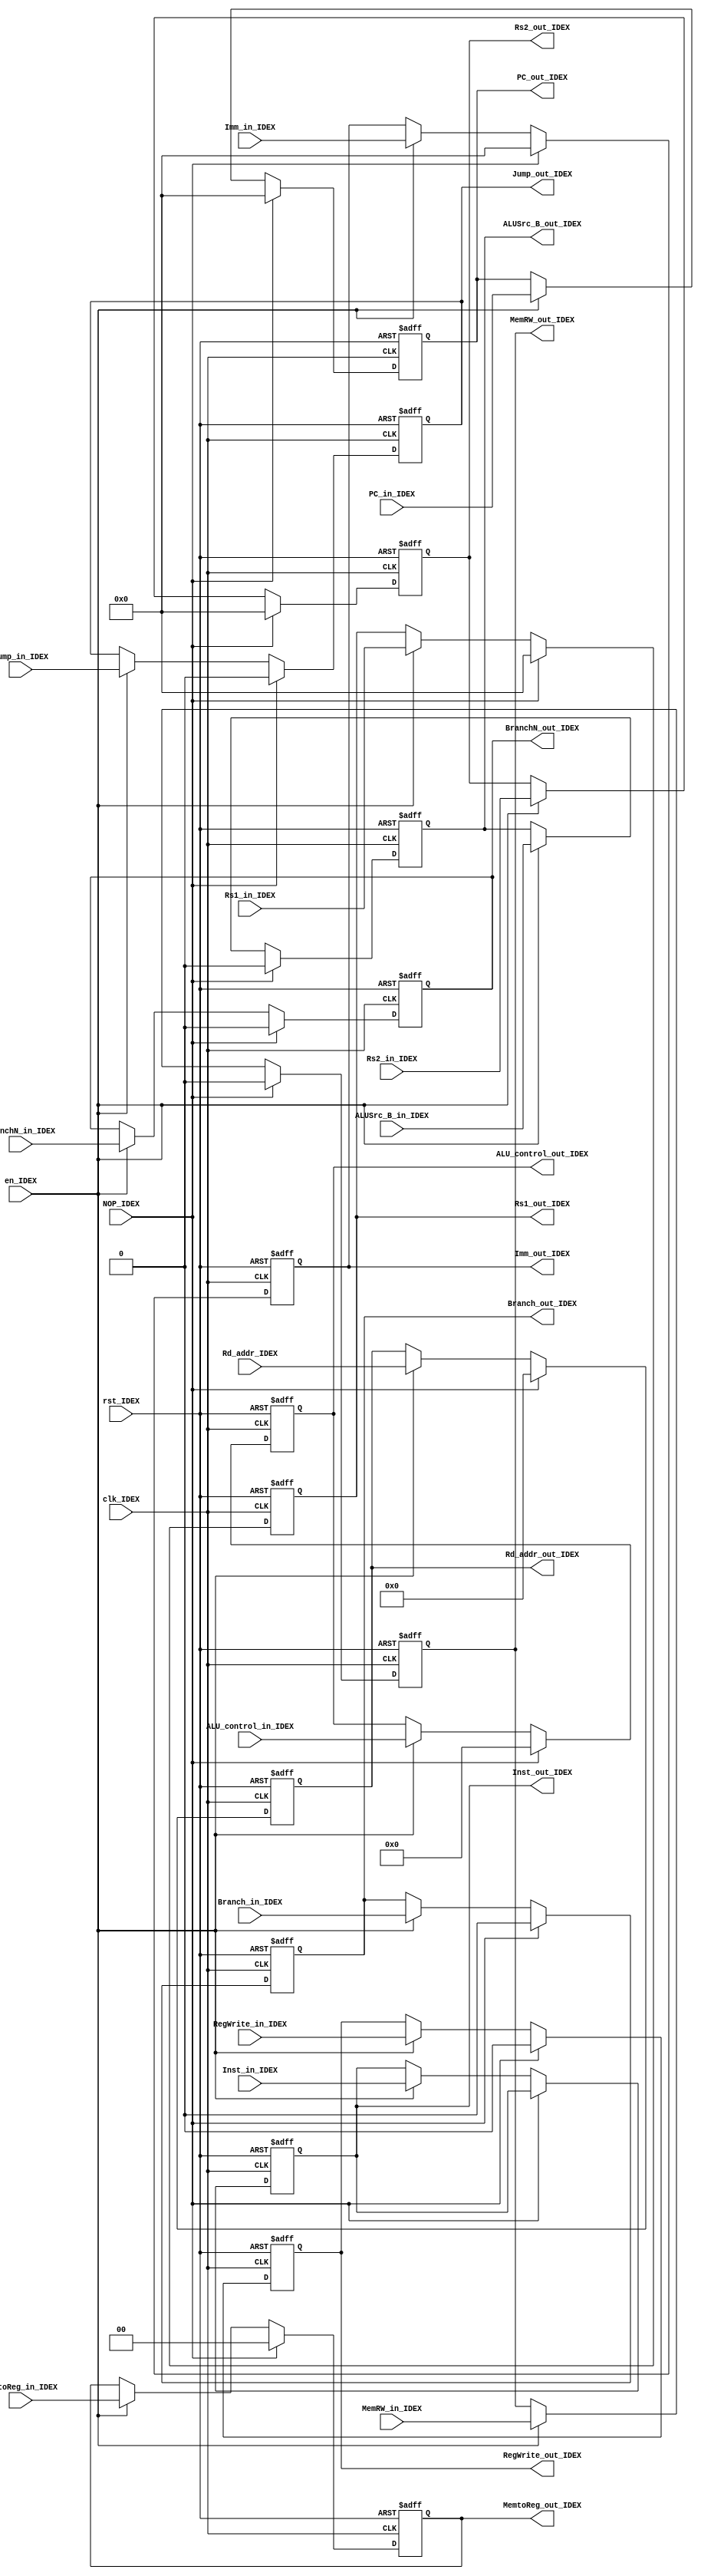
`timescale 1ns / 1ps
//////////////////////////////////////////////////////////////////////////////////
// Company: 
// Engineer: 
// 
// Design Name: 
// Module Name: my_ID_reg_Ex
// Project Name: 
// Target Devices: 
// Tool Versions: 
// Description: 
// 
// Dependencies: 
// 
// Revision:
// Revision 0.01 - File Created
// Additional Comments:
// 
//////////////////////////////////////////////////////////////////////////////////


module my_ID_reg_Ex(
input clk_IDEX, //
input rst_IDEX, //
input en_IDEX, //
input[31:0] PC_in_IDEX, //PC
input[4:0] Rd_addr_IDEX, //
input[31:0] Rs1_in_IDEX,//1
input[31:0] Rs2_in_IDEX,//2
input[31:0] Imm_in_IDEX , //
input ALUSrc_B_in_IDEX , //ALU B
input[3:0] ALU_control_in_IDEX, //ALU
input Branch_in_IDEX, //Beq
input BranchN_in_IDEX, //Bne
input MemRW_in_IDEX, //
input Jump_in_IDEX, //Jal
input[1:0] MemtoReg_in_IDEX, //
input RegWrite_in_IDEX, //
input NOP_IDEX,
output reg[31:0] PC_out_IDEX,//PC
output reg[4:0] Rd_addr_out_IDEX, //
output reg[31:0] Rs1_out_IDEX,//1
output reg[31:0] Rs2_out_IDEX, //2
output reg[31:0] Imm_out_IDEX , //
output reg ALUSrc_B_out_IDEX , //ALU B
output reg[3:0] ALU_control_out_IDEX, //ALU
output reg Branch_out_IDEX, //Beq
output reg BranchN_out_IDEX, //Bne
output reg MemRW_out_IDEX, //
output reg Jump_out_IDEX, //Jal
output reg [1:0] MemtoReg_out_IDEX, //
output reg RegWrite_out_IDEX ,//
input [31:0]Inst_in_IDEX,
output reg [31:0]Inst_out_IDEX
);

always @(negedge clk_IDEX or posedge rst_IDEX)
if (rst_IDEX == 1)begin
    PC_out_IDEX = 0;//PC
    Rd_addr_out_IDEX = 0; //
    Rs1_out_IDEX= 0;//1
    Rs2_out_IDEX= 0; //2
    Imm_out_IDEX= 0 ; //
      ALUSrc_B_out_IDEX= 0 ; //ALU B
     ALU_control_out_IDEX= 0; //ALU
      Branch_out_IDEX= 0; //Beq
      BranchN_out_IDEX= 0; //Bne
      MemRW_out_IDEX= 0; //
      Jump_out_IDEX= 0; //Jal
     MemtoReg_out_IDEX = 0; //
     RegWrite_out_IDEX = 0; //
     Inst_out_IDEX = 0;
end
else if(NOP_IDEX == 1)begin
        PC_out_IDEX = 32'h00000000;//PC
        Rd_addr_out_IDEX = 0; //
        Rs1_out_IDEX= 0;//;//1
        Rs2_out_IDEX= 0;//; //2
        Imm_out_IDEX= 0; //
        ALUSrc_B_out_IDEX= 0; //ALU B
        ALU_control_out_IDEX= 0; //ALU
        Branch_out_IDEX= 0; //Beq
        BranchN_out_IDEX= 0; //Bne
        MemRW_out_IDEX= 0; //
        Jump_out_IDEX= 0; //Jal
        MemtoReg_out_IDEX = 0; //
        RegWrite_out_IDEX = 0; //
	end
else if (en_IDEX == 1)begin 
    PC_out_IDEX = PC_in_IDEX;//PC
    Rd_addr_out_IDEX = Rd_addr_IDEX; //
    Rs1_out_IDEX= Rs1_in_IDEX;//;//1
    Rs2_out_IDEX= Rs2_in_IDEX;//; //2
    Imm_out_IDEX= Imm_in_IDEX; //
      ALUSrc_B_out_IDEX= ALUSrc_B_in_IDEX; //ALU B
     ALU_control_out_IDEX= ALU_control_in_IDEX; //ALU
      Branch_out_IDEX= Branch_in_IDEX; //Beq
      BranchN_out_IDEX= BranchN_in_IDEX; //Bne
      MemRW_out_IDEX= MemRW_in_IDEX; //
      Jump_out_IDEX= Jump_in_IDEX; //Jal
     MemtoReg_out_IDEX = MemtoReg_in_IDEX; //
     RegWrite_out_IDEX = RegWrite_in_IDEX; //
     Inst_out_IDEX = Inst_in_IDEX;
end
endmodule